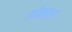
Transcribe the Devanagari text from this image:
ओवाइय